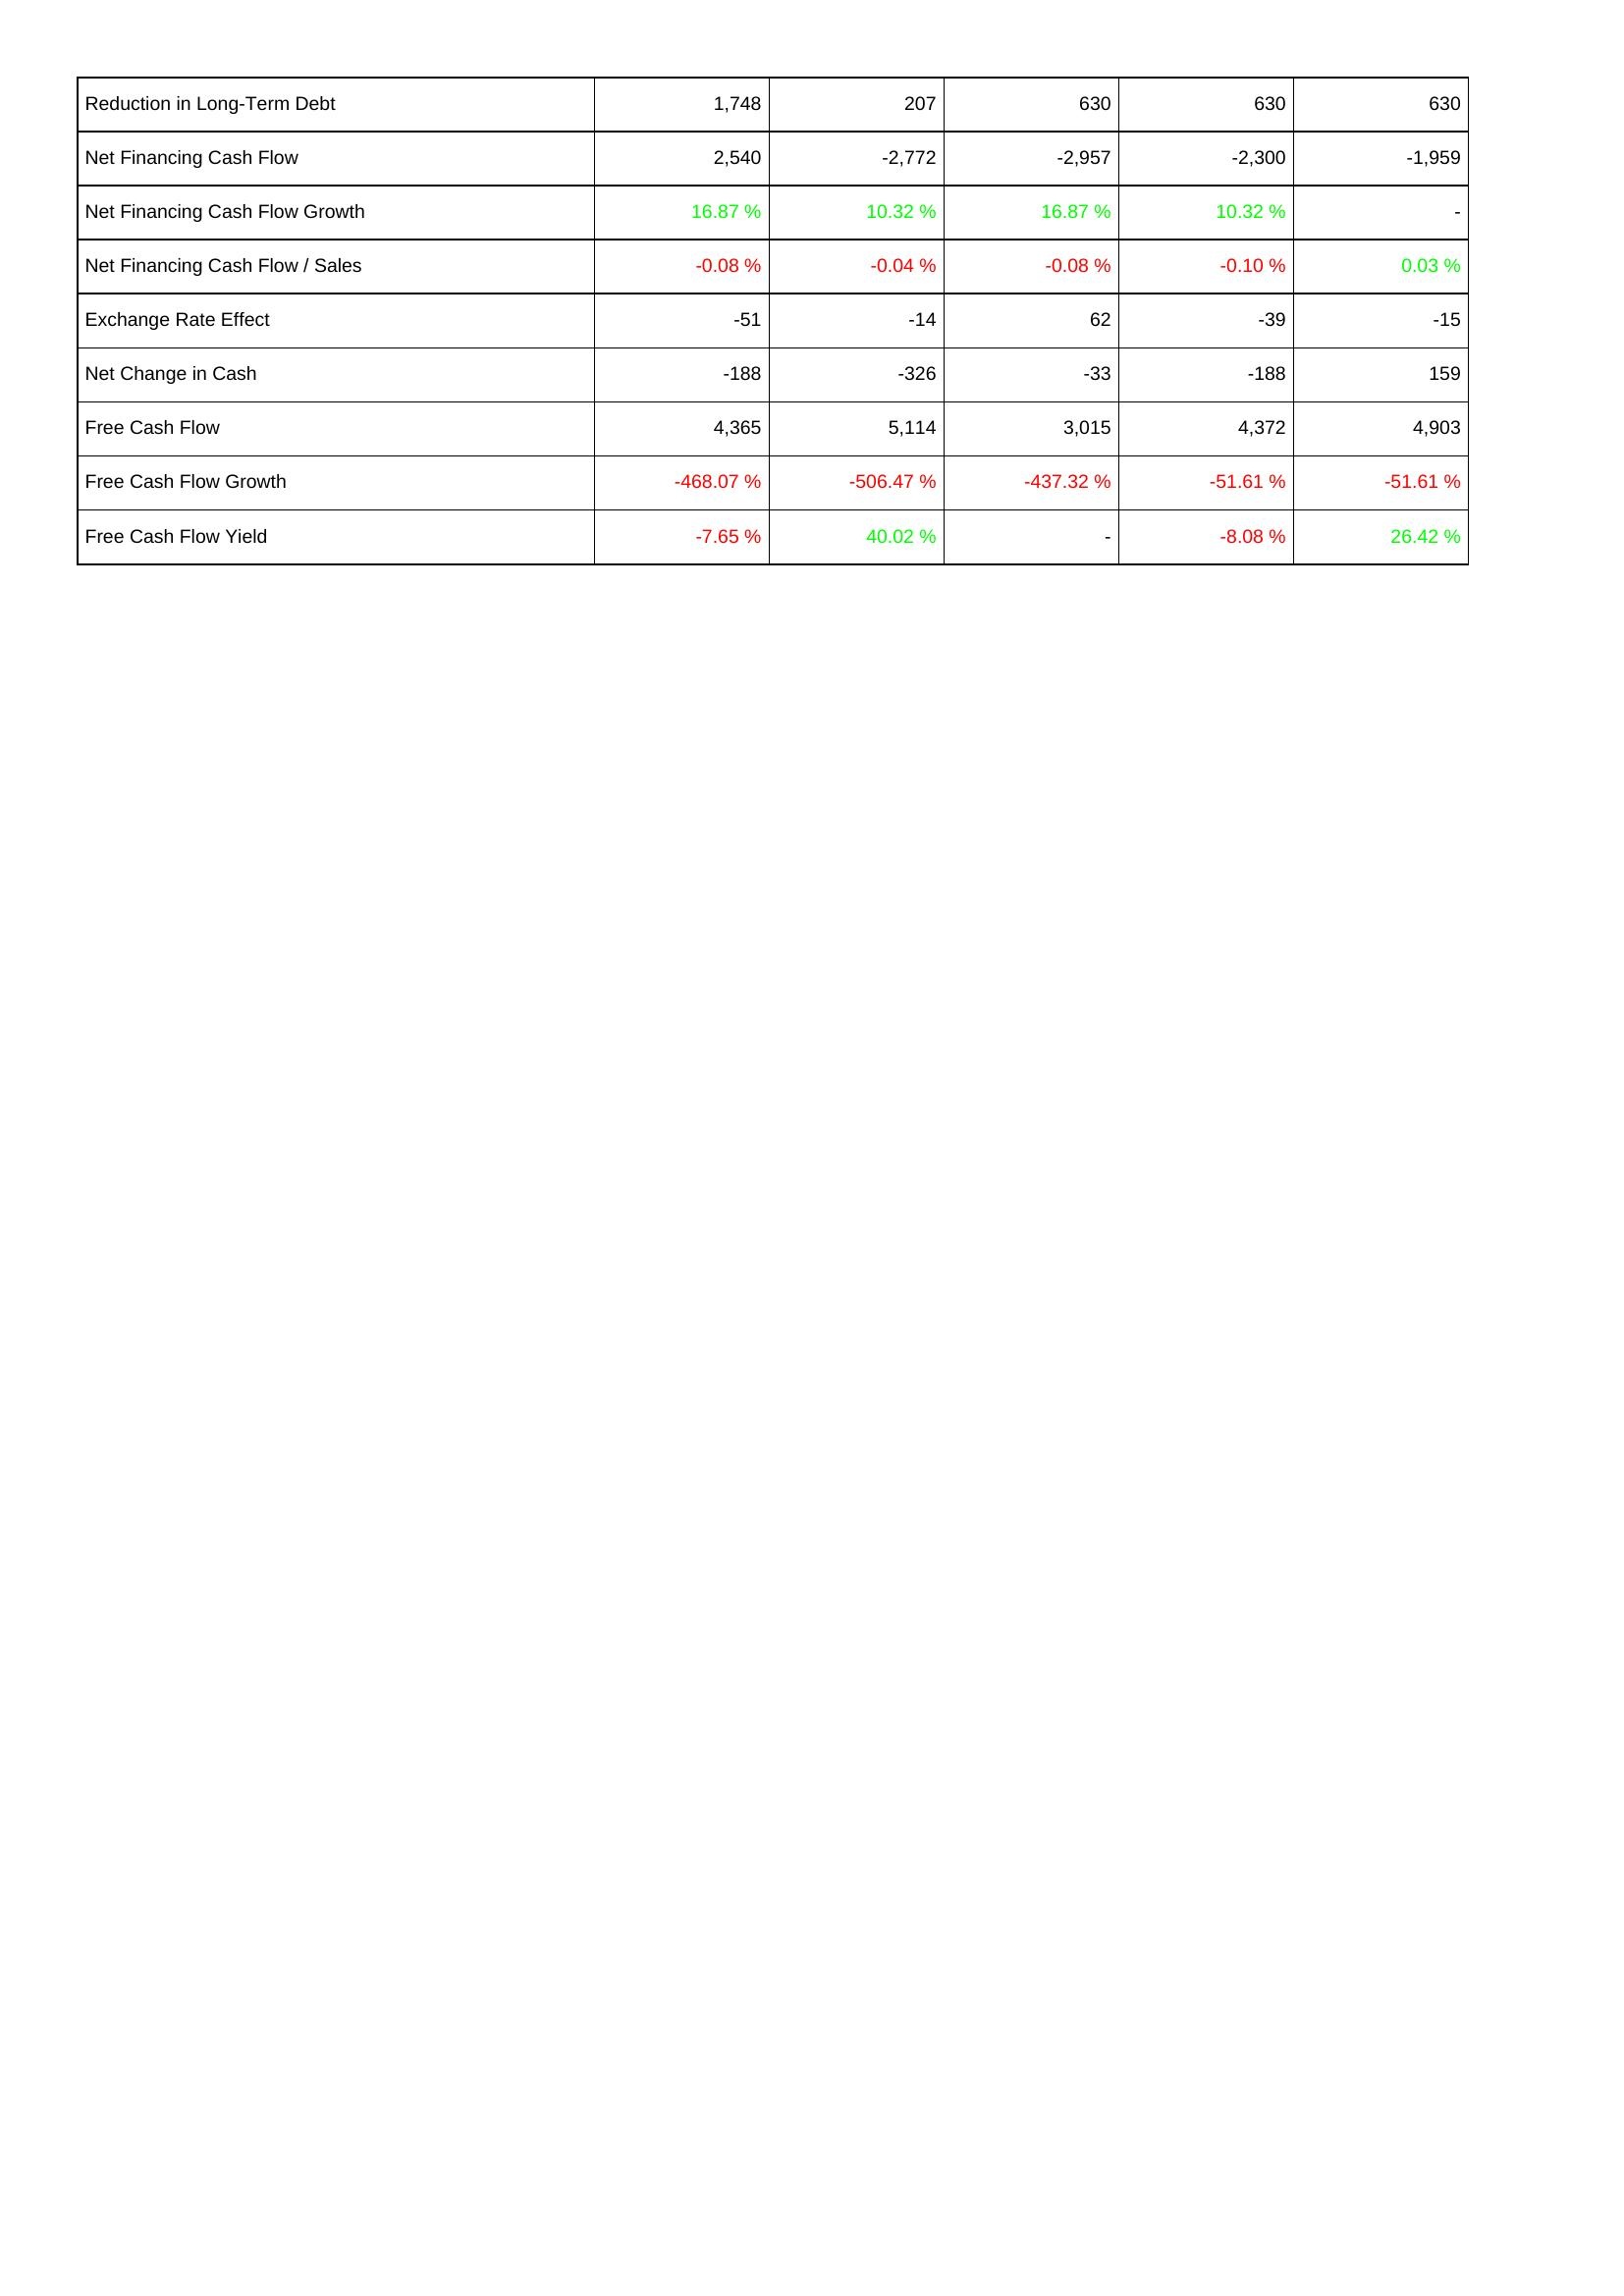
2019: Financing Activities: Reduction in Long-Term Debt: 1,748
Net Financing Cash Flow: 2,540
Net Financing Cash Flow Growth: 16.87 %
Net Financing Cash Flow / Sales: -0.08 %
Exchange Rate Effect: -51
Net Change in Cash: -188
Free Cash Flow: 4,365
Free Cash Flow Growth: -468.07 %
Free Cash Flow Yield: -7.65 %
2020: Financing Activities: Reduction in Long-Term Debt: 207
Net Financing Cash Flow: -2,772
Net Financing Cash Flow Growth: 10.32 %
Net Financing Cash Flow / Sales: -0.04 %
Exchange Rate Effect: -14
Net Change in Cash: -326
Free Cash Flow: 5,114
Free Cash Flow Growth: -506.47 %
Free Cash Flow Yield: 40.02 %
2021: Financing Activities: Reduction in Long-Term Debt: 630
Net Financing Cash Flow: -2,957
Net Financing Cash Flow Growth: 16.87 %
Net Financing Cash Flow / Sales: -0.08 %
Exchange Rate Effect: 62
Net Change in Cash: -33
Free Cash Flow: 3,015
Free Cash Flow Growth: -437.32 %
Free Cash Flow Yield: -
2022: Financing Activities: Reduction in Long-Term Debt: 630
Net Financing Cash Flow: -2,300
Net Financing Cash Flow Growth: 10.32 %
Net Financing Cash Flow / Sales: -0.10 %
Exchange Rate Effect: -39
Net Change in Cash: -188
Free Cash Flow: 4,372
Free Cash Flow Growth: -51.61 %
Free Cash Flow Yield: -8.08 %
2023: Financing Activities: Reduction in Long-Term Debt: 630
Net Financing Cash Flow: -1,959
Net Financing Cash Flow Growth: -
Net Financing Cash Flow / Sales: 0.03 %
Exchange Rate Effect: -15
Net Change in Cash: 159
Free Cash Flow: 4,903
Free Cash Flow Growth: -51.61 %
Free Cash Flow Yield: 26.42 %